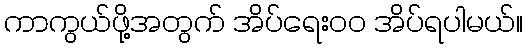
ကာကွယ်ဖို့အတွက် အိပ်ရေးဝဝ အိပ်ရပါမယ်။